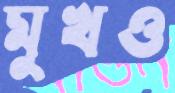
মুখও